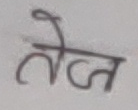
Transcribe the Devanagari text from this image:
तेज